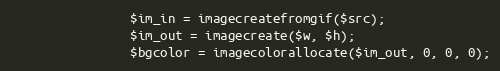
Language: PHP
                $im_in = imagecreatefromgif($src);
                $im_out = imagecreate($w, $h);
                $bgcolor = imagecolorallocate($im_out, 0, 0, 0);